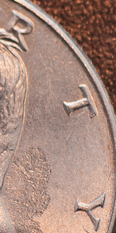
RTY